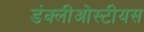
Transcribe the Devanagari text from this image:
डंक्लीओस्टीयस